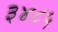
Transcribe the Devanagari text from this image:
३४८५